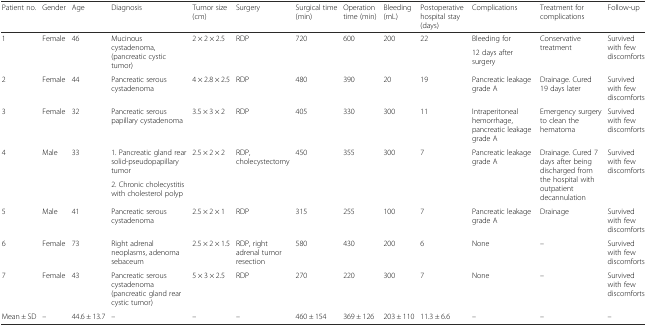
<table><thead><tr><td><b>Patient no.</b></td><td><b>Gender</b></td><td><b>Age</b></td><td><b>Diagnosis</b></td><td><b>Tumor size (cm)</b></td><td><b>Surgery</b></td><td><b>Surgical time (min)</b></td><td><b>Operation time (min)</b></td><td><b>Bleeding (mL)</b></td><td><b>Postoperative hospital stay (days)</b></td><td><b>Complications</b></td><td><b>Treatment for complications</b></td><td><b>Follow-up</b></td></tr></thead><tbody><tr><td rowspan="2">1</td><td rowspan="2">Female</td><td rowspan="2">46</td><td rowspan="2">Mucinous cystadenoma, (pancreatic cystic tumor)</td><td rowspan="2">2 × 2 × 2.5</td><td rowspan="2">RDP</td><td rowspan="2">720</td><td rowspan="2">600</td><td rowspan="2">200</td><td rowspan="2">22</td><td>Bleeding for</td><td rowspan="2">Conservative treatment</td><td rowspan="2">Survived with few discomforts</td></tr><tr><td>12 days after surgery</td></tr><tr><td>2</td><td>Female</td><td>44</td><td>Pancreatic serous cystadenoma</td><td>4 × 2.8 × 2.5</td><td>RDP</td><td>480</td><td>390</td><td>20</td><td>19</td><td>Pancreatic leakage grade A</td><td>Drainage. Cured 19 days later</td><td>Survived with few discomforts</td></tr><tr><td>3</td><td>Female</td><td>32</td><td>Pancreatic serous papillary cystadenoma</td><td>3.5 × 3 × 2</td><td>RDP</td><td>405</td><td>330</td><td>300</td><td>11</td><td>Intraperitoneal hemorrhage, pancreatic leakage grade A</td><td>Emergency surgery to clean the hematoma</td><td>Survived with few discomforts</td></tr><tr><td rowspan="2">4</td><td rowspan="2">Male</td><td rowspan="2">33</td><td>1. Pancreatic gland rear solid-pseudopapillary tumor</td><td rowspan="2">2.5 × 2 × 2</td><td rowspan="2">RDP, cholecystectomy</td><td rowspan="2">450</td><td rowspan="2">355</td><td rowspan="2">300</td><td rowspan="2">7</td><td rowspan="2">Pancreatic leakage grade A</td><td rowspan="2">Drainage. Cured 7 days after being discharged from the hospital with outpatient decannulation</td><td rowspan="2">Survived with few discomforts</td></tr><tr><td>2. Chronic cholecystitis with cholesterol polyp</td></tr><tr><td>5</td><td>Male</td><td>41</td><td>Pancreatic serous cystadenoma</td><td>2.5 × 2 × 1</td><td>RDP</td><td>315</td><td>255</td><td>100</td><td>7</td><td>Pancreatic leakage grade A</td><td>Drainage</td><td>Survived with few discomforts</td></tr><tr><td>6</td><td>Female</td><td>73</td><td>Right adrenal neoplasms, adenoma sebaceum</td><td>2.5 × 2 × 1.5</td><td>RDP, right adrenal tumor resection</td><td>580</td><td>430</td><td>200</td><td>6</td><td>None</td><td>–</td><td>Survived with few discomforts</td></tr><tr><td>7</td><td>Female</td><td>43</td><td>Pancreatic serous cystadenoma (pancreatic gland rear cystic tumor)</td><td>5 × 3 × 2.5</td><td>RDP</td><td>270</td><td>220</td><td>300</td><td>7</td><td>None</td><td>–</td><td>Survived with few discomforts</td></tr><tr><td>Mean ± SD</td><td>–</td><td>44.6 ± 13.7</td><td>–</td><td>–</td><td>–</td><td>460 ± 154</td><td>369 ± 126</td><td>203 ± 110</td><td>11.3 ± 6.6</td><td>–</td><td>–</td><td>–</td></tr></tbody></table>